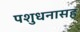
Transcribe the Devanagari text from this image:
पशुधनासह